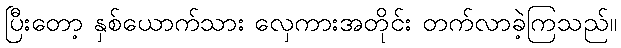
ပြီးတော့ နှစ်ယောက်သား လှေကားအတိုင်း တက်လာခဲ့ကြသည်။